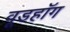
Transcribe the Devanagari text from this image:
वूडहॉग